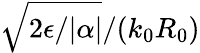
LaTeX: \sqrt{2\epsilon/|\alpha|}/(k_{0}R_{0})